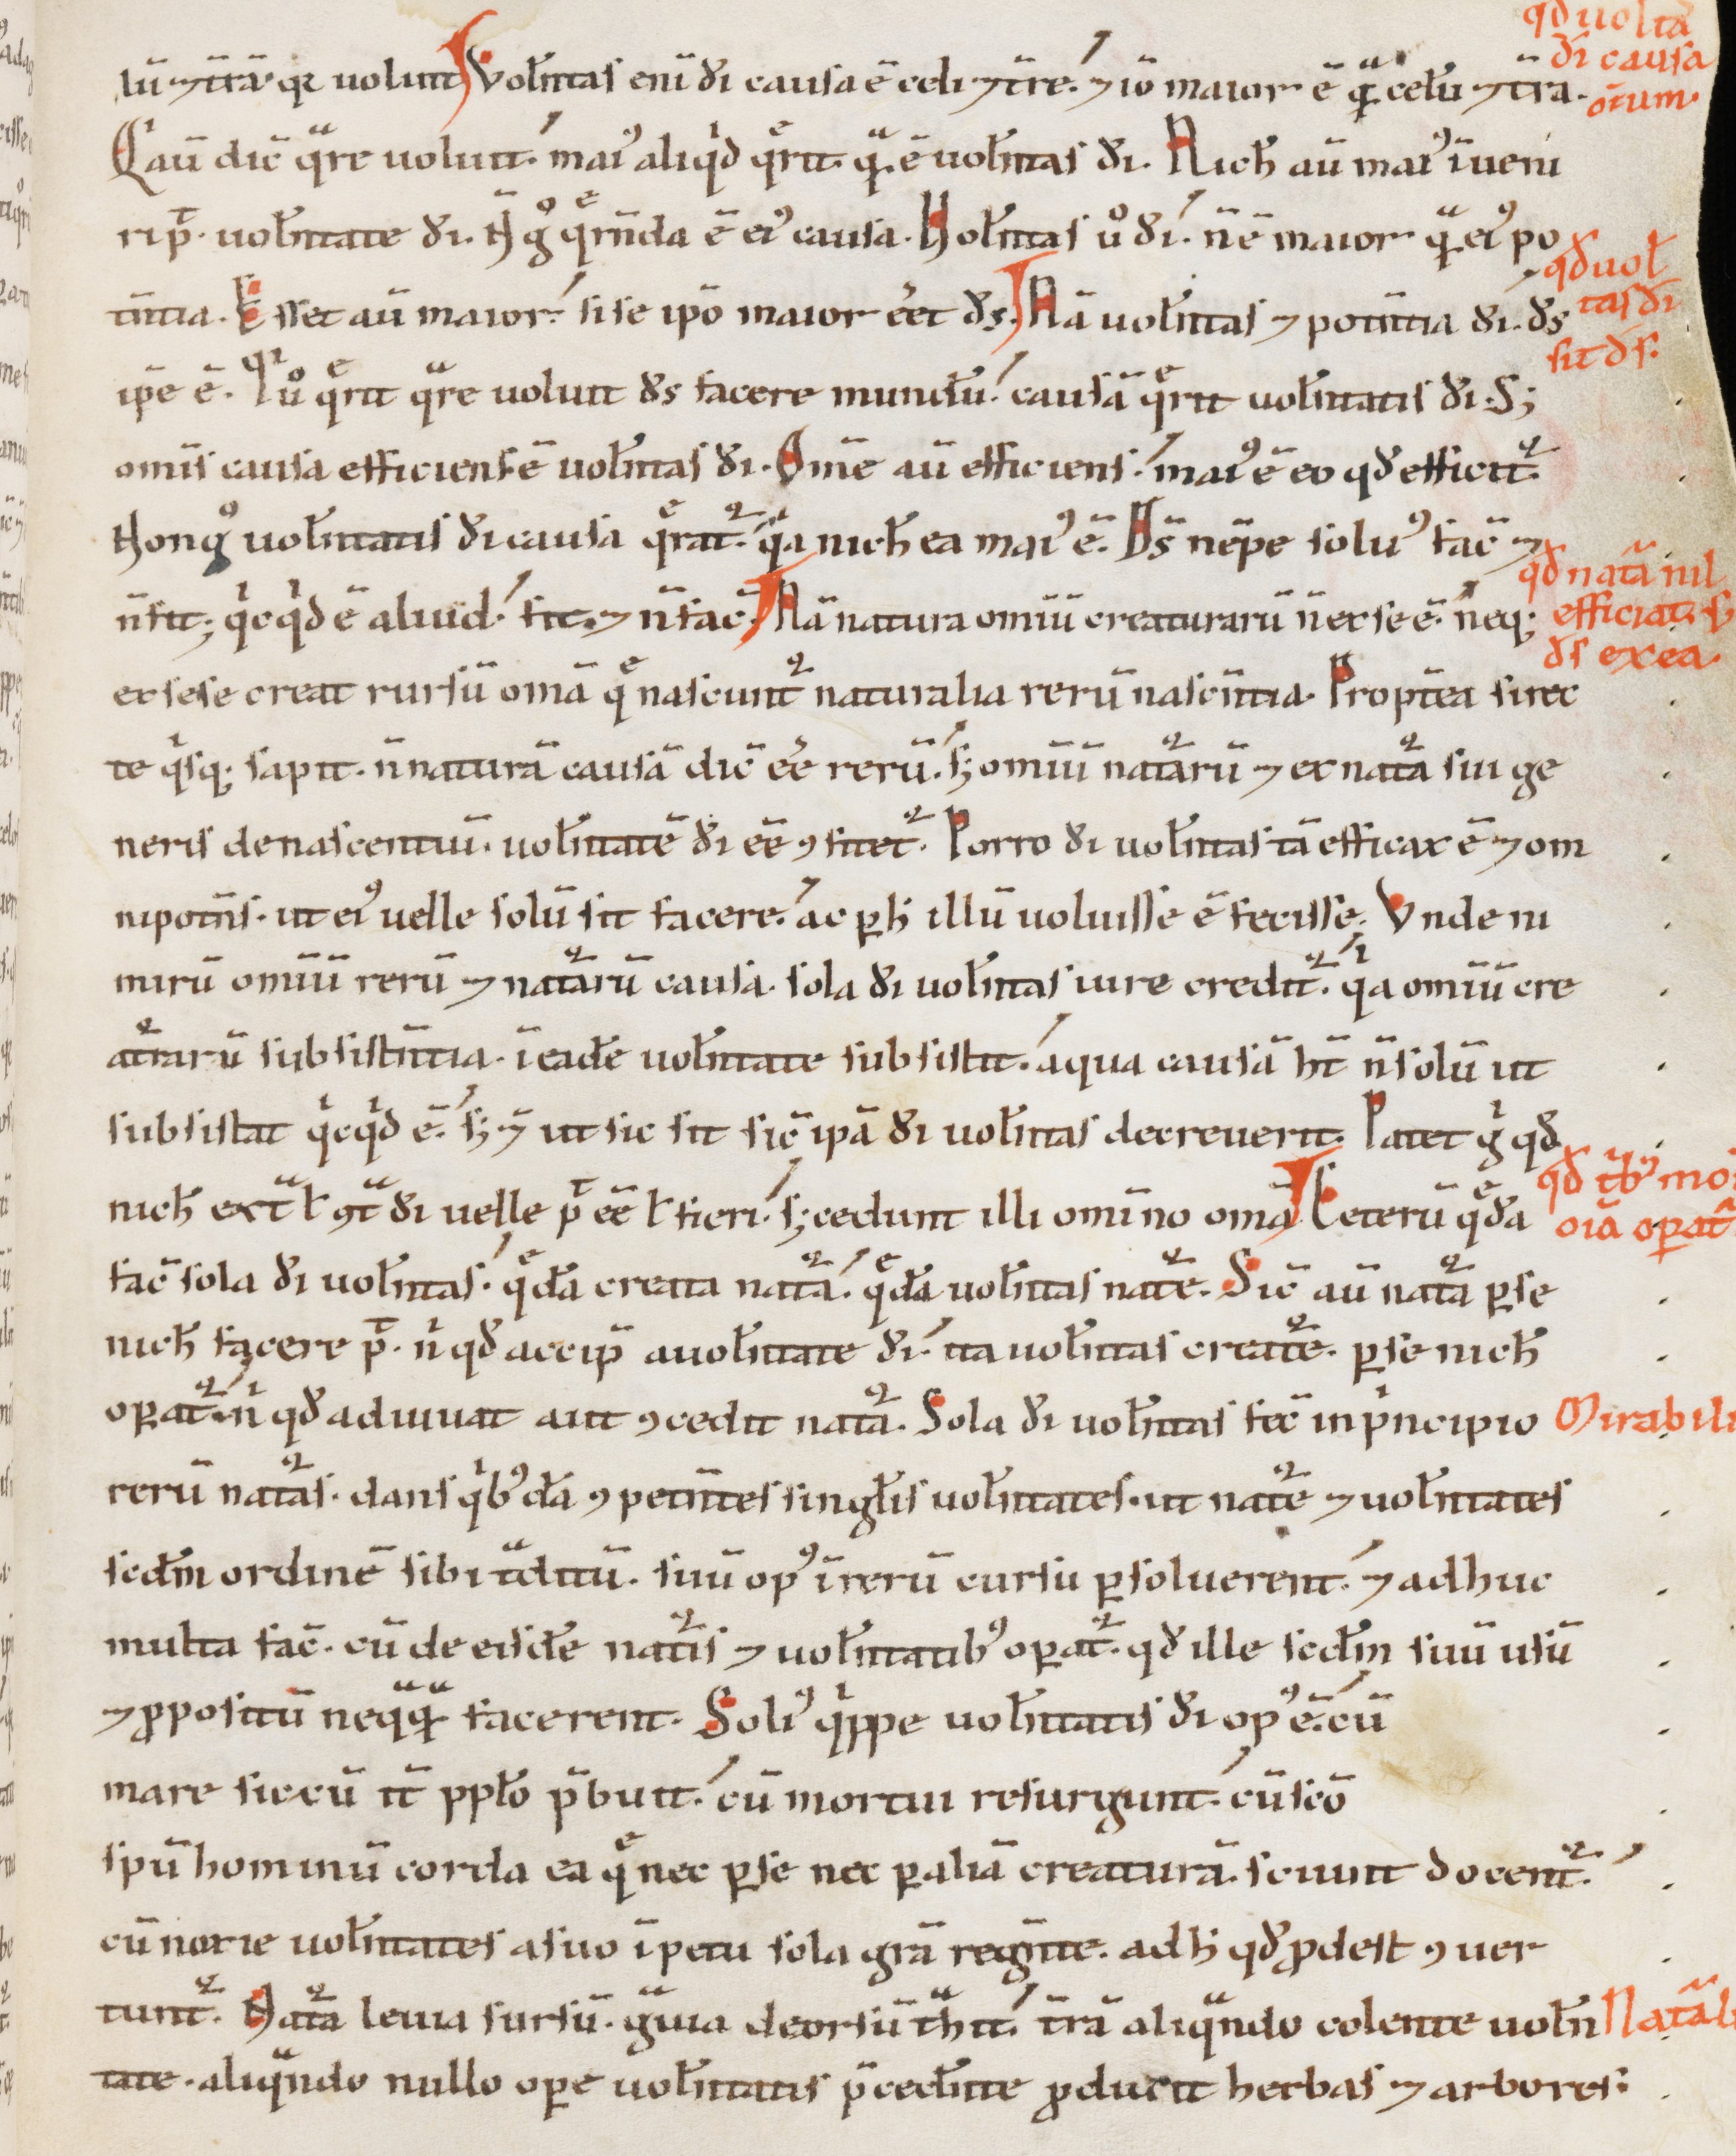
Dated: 1100–1199